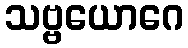
သဗ္ဗယောဂေ